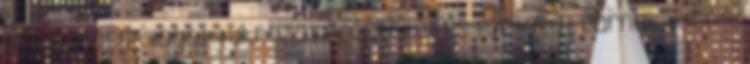
magyaros ízvilágot tükröző recepteket és tortákat várnak. Idén 43